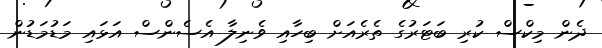
ދެން މިކްސް ކުރި ބަޓަރުގެ ތެރެއަށް ބިހާއި ވެނިލާ އެސެންސް އަޅައި މަޑުމަޑުން